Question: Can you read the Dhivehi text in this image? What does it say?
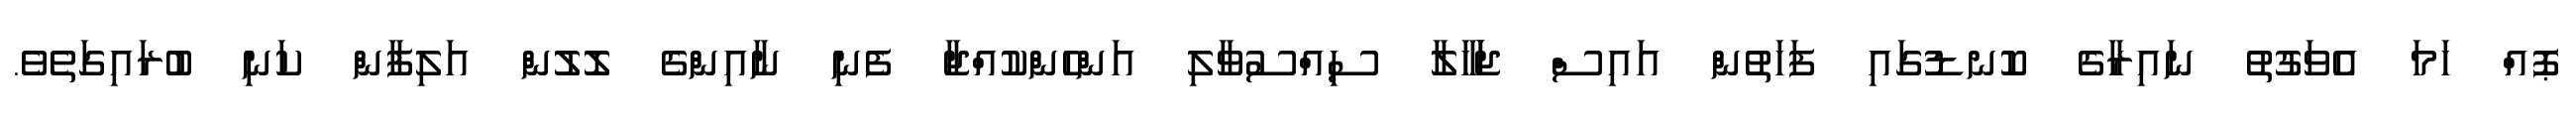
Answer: ޕޮއް ހަމަ އެވަގުތު ނައިރާގެ ކޮނޑުގައި ފަހަތުން އައިސް ޖަަހާލާ ސިއްސުވާލި އަންހެންކުއްޖާ ފެނި ނާއިންގެ ލޮލުން އަލިފާން ކަނި ބުރައިގަތެވެ.